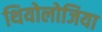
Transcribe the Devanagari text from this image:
थियोलोजिया